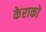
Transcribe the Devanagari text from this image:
केराको